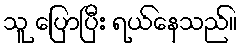
သူ ပြောပြီး ရယ်နေသည်။